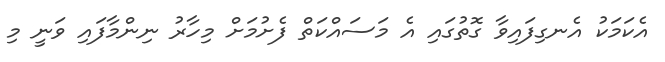
އެކަމަކު އެނގިފައިވާ ގޮތުގައި އެ މަސައްކަތް ފެށުމަށް މިހާރު ނިންމާފައި ވަނީ މި